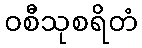
ဝစီသုစရိတံ